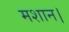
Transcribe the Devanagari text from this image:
मशान।